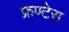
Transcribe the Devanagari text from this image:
फ्रण्टेरा